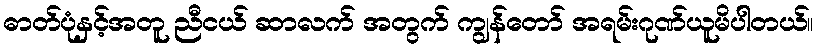
ဓာတ်ပုံနှင့်အတူ ညီငယ် ဆာလက် အတွက် ကျွန်တော် အရမ်းဂုဏ်ယူမိပါတယ်။